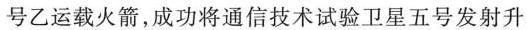
号乙运载火箭，成功将通信技术试验卫星五号发射升